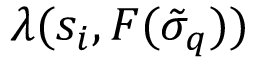
\lambda ( s _ { i } , F ( \tilde { \sigma } _ { q } ) )